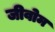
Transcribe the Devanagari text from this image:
जीवोम